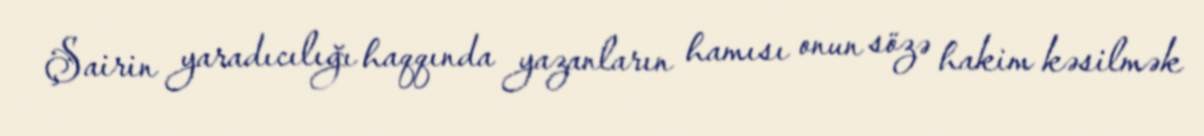
Şairin yaradıcılığı haqqında yazanların hamısı onun sözə hakim kəsilmək